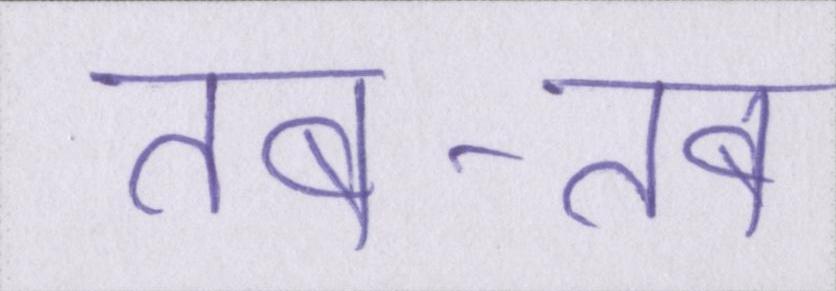
तब-तब